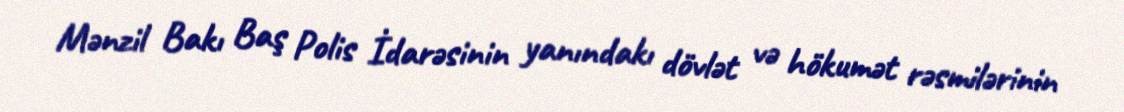
Mənzil Bakı Baş Polis İdarəsinin yanındakı dövlət və hökumət rəsmilərinin